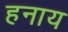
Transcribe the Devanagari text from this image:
हनाय